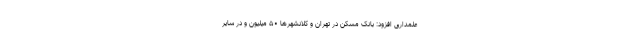
علمداری افزود: بانک مسکن در تهران و کلانشهرها ۵۰ میلیون و در سایر